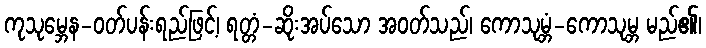
ကုသုမ္ဘေန-ဝတ်ပန်းရည်ဖြင့်၊ ရတ္တံ-ဆိုးအပ်သော အဝတ်သည်၊ ကောသုမ္ဘံ-ကောသုမ္ဘ မည်၏၊